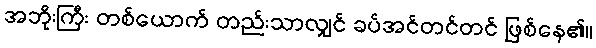
အဘိုးကြီး တစ်ယောက် တည်းသာလျှင် ခပ်အင်တင်တင် ဖြစ်နေ၏။